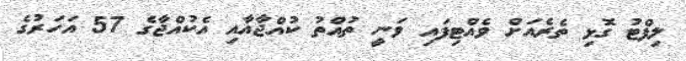
ލިފްޓު ގޮޅި ތެރެއަށް ވެއްޓިފައި ވަނީ ތުއްތު ކުއްޖާއާއި އެކުއްޖާގެ 57 އަހަރުގެ